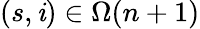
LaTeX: (s,\mathit{i})\in\Omega(n+1)